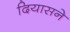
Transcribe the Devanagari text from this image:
दियासने